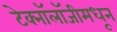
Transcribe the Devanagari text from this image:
टेक्‍नॉलॉजीमधून